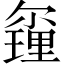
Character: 𨤰